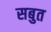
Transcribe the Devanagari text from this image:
सबुत